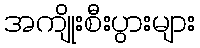
အကျိုးစီးပွားများ